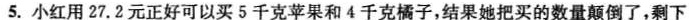
5.小红用27.2元正好可以买5千克苹果和4千克橘子，结果她把买的数量颠倒了，剩下